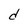
Character: d